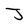
Character: J